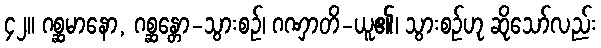
၄၂။ ဂစ္ဆမာနော, ဂစ္ဆန္တော-သွားစဉ်၊ ဂဏှာတိ-ယူ၏၊ သွားစဉ်ဟု ဆိုသော်လည်း